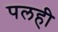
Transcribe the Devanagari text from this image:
पलही